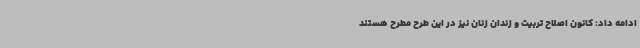
ادامه داد: کانون اصلاح تربیت و زندان زنان نیز در این طرح مطرح هستند